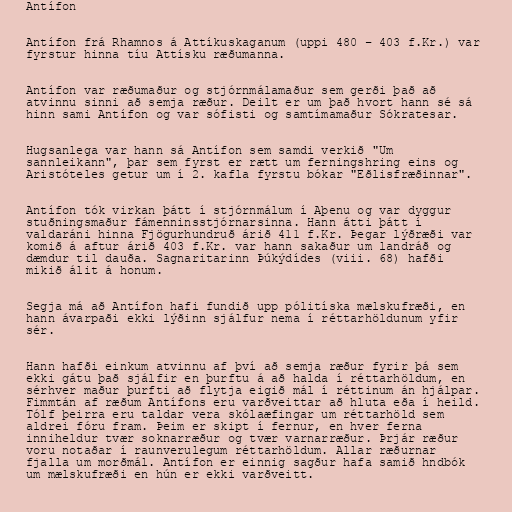
Antífon

Antífon frá Rhamnos á Attíkuskaganum (uppi 480 – 403 f.Kr.) var
fyrstur hinna tíu Attísku ræðumanna.

Antífon var ræðumaður og stjórnmálamaður sem gerði það að
atvinnu sinni að semja ræður. Deilt er um það hvort hann sé sá
hinn sami Antífon og var sófisti og samtímamaður Sókratesar.

Hugsanlega var hann sá Antífon sem samdi verkið "Um
sannleikann", þar sem fyrst er rætt um ferningshring eins og
Aristóteles getur um í 2. kafla fyrstu bókar "Eðlisfræðinnar".

Antífon tók virkan þátt í stjórnmálum í Aþenu og var dyggur
stuðningsmaður fámenninsstjórnarsinna. Hann átti þátt í
valdaráni hinna Fjögurhundruð árið 411 f.Kr. Þegar lýðræði var
komið á aftur árið 403 f.Kr. var hann sakaður um landráð og
dæmdur til dauða. Sagnaritarinn Þúkýdídes (viii. 68) hafði
mikið álit á honum.

Segja má að Antífon hafi fundið upp pólitíska mælskufræði, en
hann ávarpaði ekki lýðinn sjálfur nema í réttarhöldunum yfir
sér.

Hann hafði einkum atvinnu af því að semja ræður fyrir þá sem
ekki gátu það sjálfir en þurftu á að halda í réttarhöldum, en
sérhver maður þurfti að flytja eigið mál í réttinum án hjálpar.
Fimmtán af ræðum Antífons eru varðveittar að hluta eða í heild.
Tólf þeirra eru taldar vera skólaæfingar um réttarhöld sem
aldrei fóru fram. Þeim er skipt í fernur, en hver ferna
inniheldur tvær soknarræður og tvær varnarræður. Þrjár ræður
voru notaðar í raunverulegum réttarhöldum. Allar ræðurnar
fjalla um morðmál. Antífon er einnig sagður hafa samið hndbók
um mælskufræði en hún er ekki varðveitt.